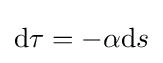
\mathrm {d} \tau =-\alpha \mathrm {d} s